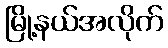
မြို့နယ်အလိုက်